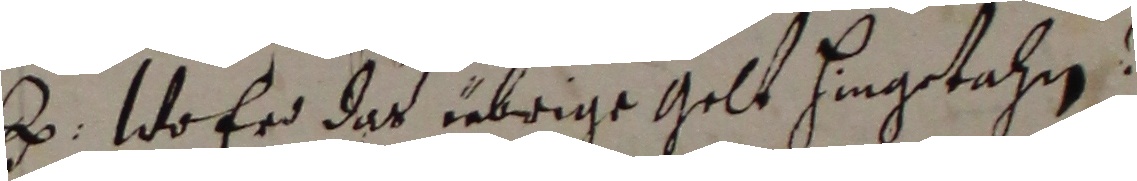
e. wo er dar üebrige gelt hingetahn.